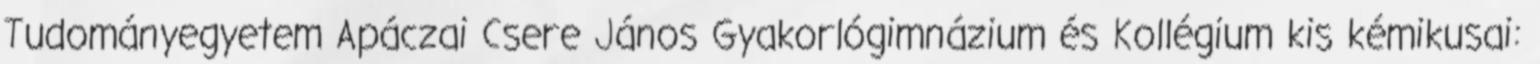
Tudományegyetem Apáczai Csere János Gyakorlógimnázium és Kollégium kis kémikusai: